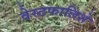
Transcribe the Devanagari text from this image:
वेस्टफालिशे